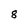
Character: 8